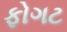
ફોગટ